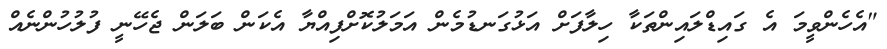
"އެހެންވީމަ އެ ގައިޑްލައިންތަކާ ހިލާފަށް އަޅުގަނޑުމެން އަމަލުކޮށްފިއްޔާ އެކަން ބަލަން ޖެހޭނީ ފުލުހުންނެއް